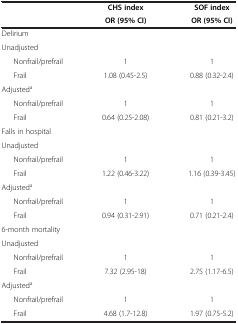
<table><thead><tr><td><b> </b></td><td><b>CHS index</b></td><td><b>SOF index</b></td></tr><tr><td><b> </b></td><td><b>OR (95% CI)</b></td><td><b>OR (95% CI)</b></td></tr></thead><tbody><tr><td>Delirium</td><td> </td><td> </td></tr><tr><td>Unadjusted</td><td> </td><td> </td></tr><tr><td>Nonfrail/prefrail</td><td>1</td><td>1</td></tr><tr><td>Frail</td><td>1.08 (0.45-2.5)</td><td>0.88 (0.32-2.4)</td></tr><tr><td>Adjusted<sup>a</sup></td><td> </td><td> </td></tr><tr><td>Nonfrail/prefrail</td><td>1</td><td>1</td></tr><tr><td>Frail</td><td>0.64 (0.25-2.08)</td><td>0.81 (0.21-3.2)</td></tr><tr><td>Falls in hospital</td><td> </td><td> </td></tr><tr><td>Unadjusted</td><td> </td><td> </td></tr><tr><td>Nonfrail/prefrail</td><td>1</td><td>1</td></tr><tr><td>Frail</td><td>1.22 (0.46-3.22)</td><td>1.16 (0.39-3.45)</td></tr><tr><td>Adjusted<sup>a</sup></td><td> </td><td> </td></tr><tr><td>Nonfrail/prefrail</td><td>1</td><td>1</td></tr><tr><td>Frail</td><td>0.94 (0.31-2.91)</td><td>0.71 (0.21-2.4)</td></tr><tr><td>6-month mortality</td><td> </td><td> </td></tr><tr><td>Unadjusted</td><td> </td><td> </td></tr><tr><td>Nonfrail/prefrail</td><td>1</td><td>1</td></tr><tr><td>Frail</td><td>7.32 (2.95-18)</td><td>2.75 (1.17-6.5)</td></tr><tr><td>Adjusted<sup>a</sup></td><td> </td><td> </td></tr><tr><td>Nonfrail/prefrail</td><td>1</td><td>1</td></tr><tr><td>Frail</td><td>4.68 (1.7-12.8)</td><td>1.97 (0.75-5.2)</td></tr></tbody></table>